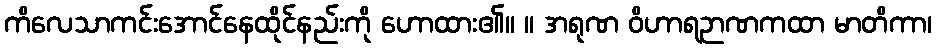
ကိလေသာကင်းအောင်နေထိုင်နည်းကို ဟောထား၏။ ။ အရုဏ ဝိဟာရဉာဏကထာ မာတိကာ၊